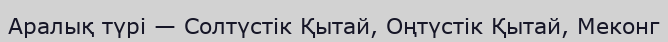
Аралық түрі — Солтүстік Қытай, Оңтүстік Қытай, Меконг